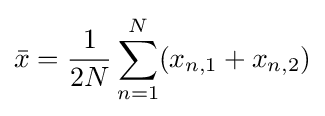
{\bar {x}}={\frac {1}{2N}}\sum _{n=1}^{N}(x_{n,1}+x_{n,2})